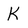
Character: K